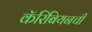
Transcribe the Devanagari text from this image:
कॅरिबियनची